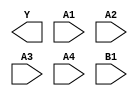
module sky130_fd_sc_ms__o41ai (
    Y ,
    A1,
    A2,
    A3,
    A4,
    B1
);

    output Y ;
    input  A1;
    input  A2;
    input  A3;
    input  A4;
    input  B1;

    // Voltage supply signals
    supply1 VPWR;
    supply0 VGND;
    supply1 VPB ;
    supply0 VNB ;

endmodule